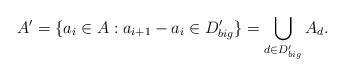
LaTeX: \begin{align*}A'= \{a_i \in A : a_{i+1} - a_i \in D_{big}' \} = \bigcup_{d \in D_{big}'} A_d.\end{align*}